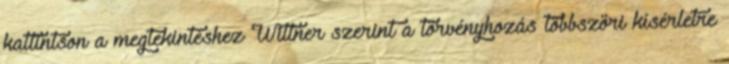
kattintson a megtekintéshez Wittner szerint a törvényhozás többszöri kísérletre